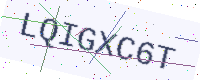
Text: LQIGXC6T